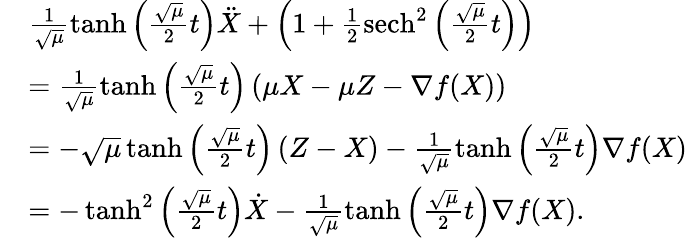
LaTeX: \begin{array}{rl}&{\frac{1}{\sqrt{\mu}}\operatorname{tanh}\left(\frac{\sqrt{\mu}}{2}t\right)\ddot{X}+\left(1+\frac{1}{2}\operatorname{sech}^{2}\left(\frac{\sqrt{\mu}}{2}t\right)\right)}\\ &{=\frac{1}{\sqrt{\mu}}\operatorname{tanh}\left(\frac{\sqrt{\mu}}{2}t\right)\left(\mu X-\mu Z-\nabla f(X)\right)}\\ &{=-\sqrt{\mu}\operatorname{tanh}\left(\frac{\sqrt{\mu}}{2}t\right)\left(Z-X\right)-\frac{1}{\sqrt{\mu}}\operatorname{tanh}\left(\frac{\sqrt{\mu}}{2}t\right)\nabla f(X)}\\ &{=-\operatorname{tanh}^{2}\left(\frac{\sqrt{\mu}}{2}t\right)\dot{X}-\frac{1}{\sqrt{\mu}}\operatorname{tanh}\left(\frac{\sqrt{\mu}}{2}t\right)\nabla f(X).}\end{array}